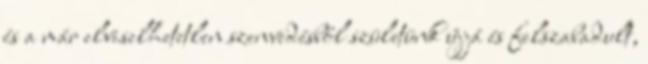
és a már elviselhetetlen szenvedésből születünk újjá és felszabadult,